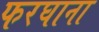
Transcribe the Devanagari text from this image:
फरघाना